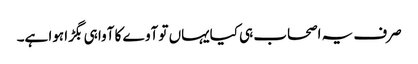
صرف یہ اصحاب ہی کیایہاں تو آوے کا آوا ہی بگڑا ہوا ہے۔